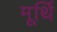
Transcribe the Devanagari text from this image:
मूर्थि